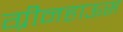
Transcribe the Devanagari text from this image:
ग्रीनहाऊस